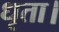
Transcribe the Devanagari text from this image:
धृता।